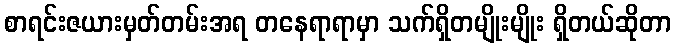
စာရင်းဇယားမှတ်တမ်းအရ တနေရာရာမှာ သက်ရှိတမျိုးမျိုး ရှိတယ်ဆိုတာ